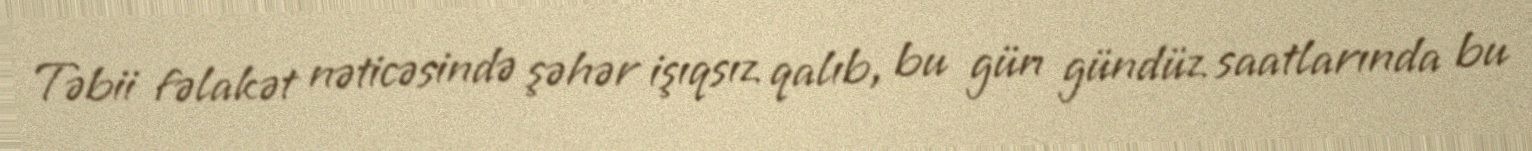
Təbii fəlakət nəticəsində şəhər işıqsız qalıb, bu gün gündüz saatlarında bu